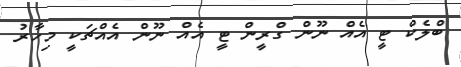
ބްލެކް ޓީ އެއް ނޫން ގްރީން ޓީ އެއް ނޫން އެއްޗަކީ މިހާރު